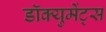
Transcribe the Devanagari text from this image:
डॉक्युमेंट्‌स